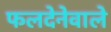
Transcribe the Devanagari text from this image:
फलदेनेवाले